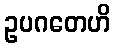
ဥပဂတေဟိ